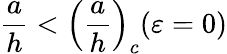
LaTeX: \frac{a}{h}<\left(\frac{a}{h}\right)_{c}(\varepsilon=0)